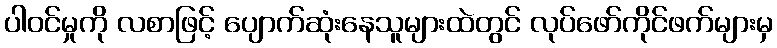
ပါဝင်မှုကို လစာဖြင့် ပျောက်ဆုံးနေသူများထဲတွင် လုပ်ဖော်ကိုင်ဖက်များမှ